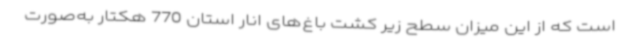
است که از این میزان سطح زیر کشت باغ‌های انار استان 770 هکتار به‌صورت